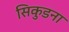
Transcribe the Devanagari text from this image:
सिकुडना